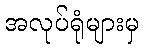
အလုပ်ရုံများမှ